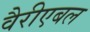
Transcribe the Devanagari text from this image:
वैरीएबल